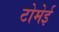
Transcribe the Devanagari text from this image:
टोमेई